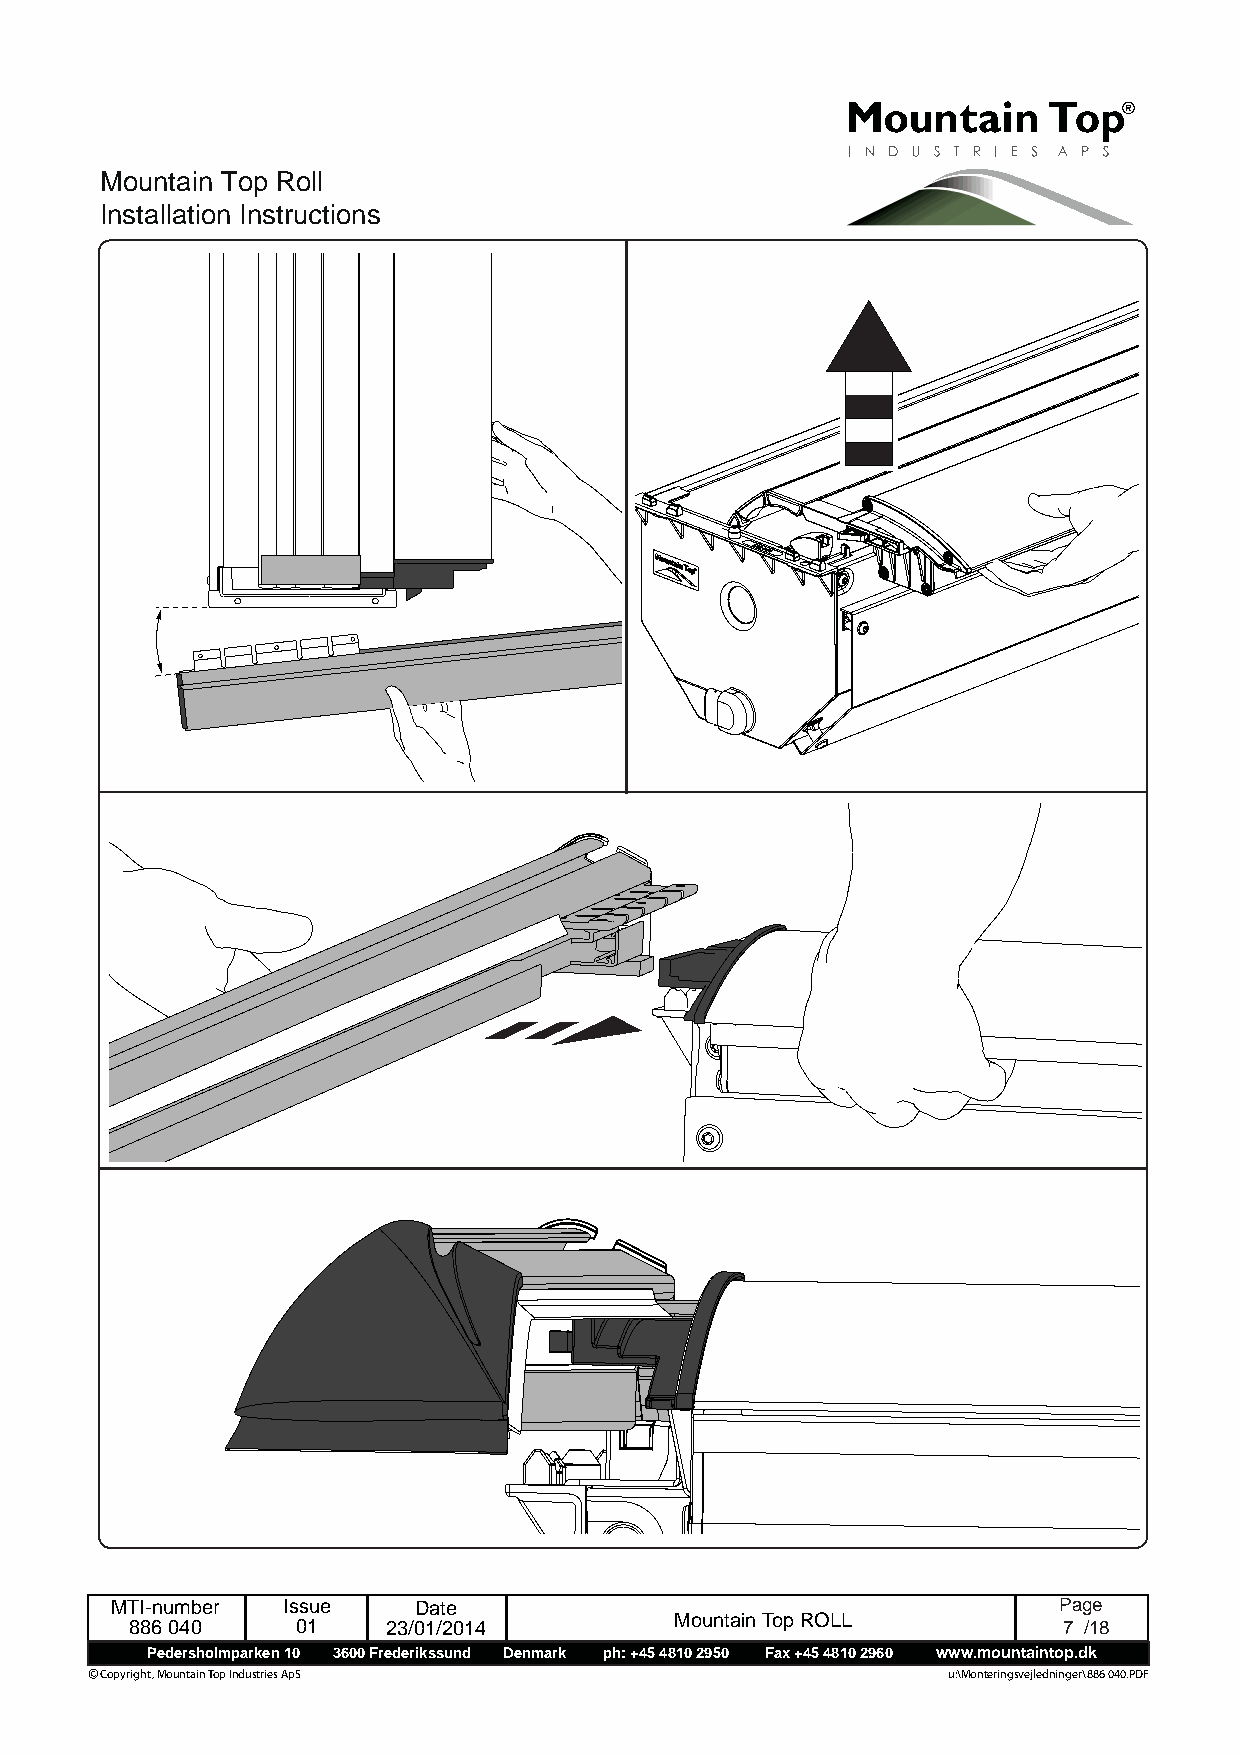
Mountain Top Roll
 Installation Instructions
 MTI-number  Issue   Date                                       Page
 886 040    01    23/01/2014         Mountain Top ROLL        7 /18
 Pedersholmparken 10 3600 Frederikssund Denmark ph: +45 4810 2950 Fax +45 4810 2960 www.mountaintop.dk
 © Copyright, Mountain Top Industries ApS                 u:\Monteringsvejledninger\886 040.PDF